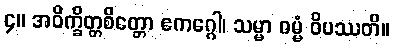
၄။ အဝိက္ခိတ္တစိတ္တော ဧကဂ္ဂေါ၊ သမ္မာ ဓမ္မံ ဝိပဿတိ။